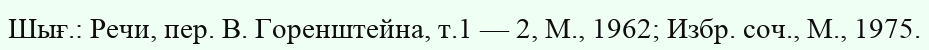
Шығ.: Речи, пер. В. Горенштейна, т.1 — 2, М., 1962; Избр. соч., М., 1975.